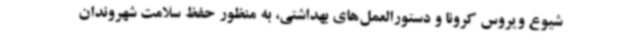
شیوع ویروس کرونا و دستورالعمل‌های بهداشتی، به منظور حفظ سلامت شهروندان